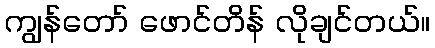
ကျွန်တော် ဖောင်တိန် လိုချင်တယ်။